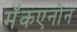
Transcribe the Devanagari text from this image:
मॅकएनोन